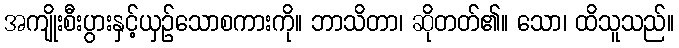
အကျိုးစီးပွားနှင့်ယှဉ်သောစကားကို။ ဘာသိတာ၊ ဆိုတတ်၏။ သော၊ ထိသူသည်။